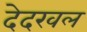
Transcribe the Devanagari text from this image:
देदखल